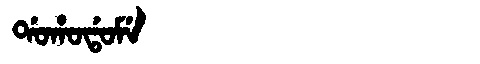
Manchu: ᡩᠣᡥᠣᡩᠣᠮᡝ
Romanization: DOHODOME